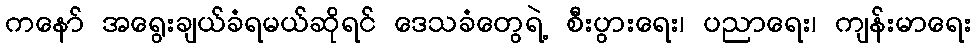
ကနော် အရွေးချယ်ခံရမယ်ဆိုရင် ဒေသခံတွေရဲ့ စီးပွားရေး၊ ပညာရေး၊ ကျန်းမာရေး